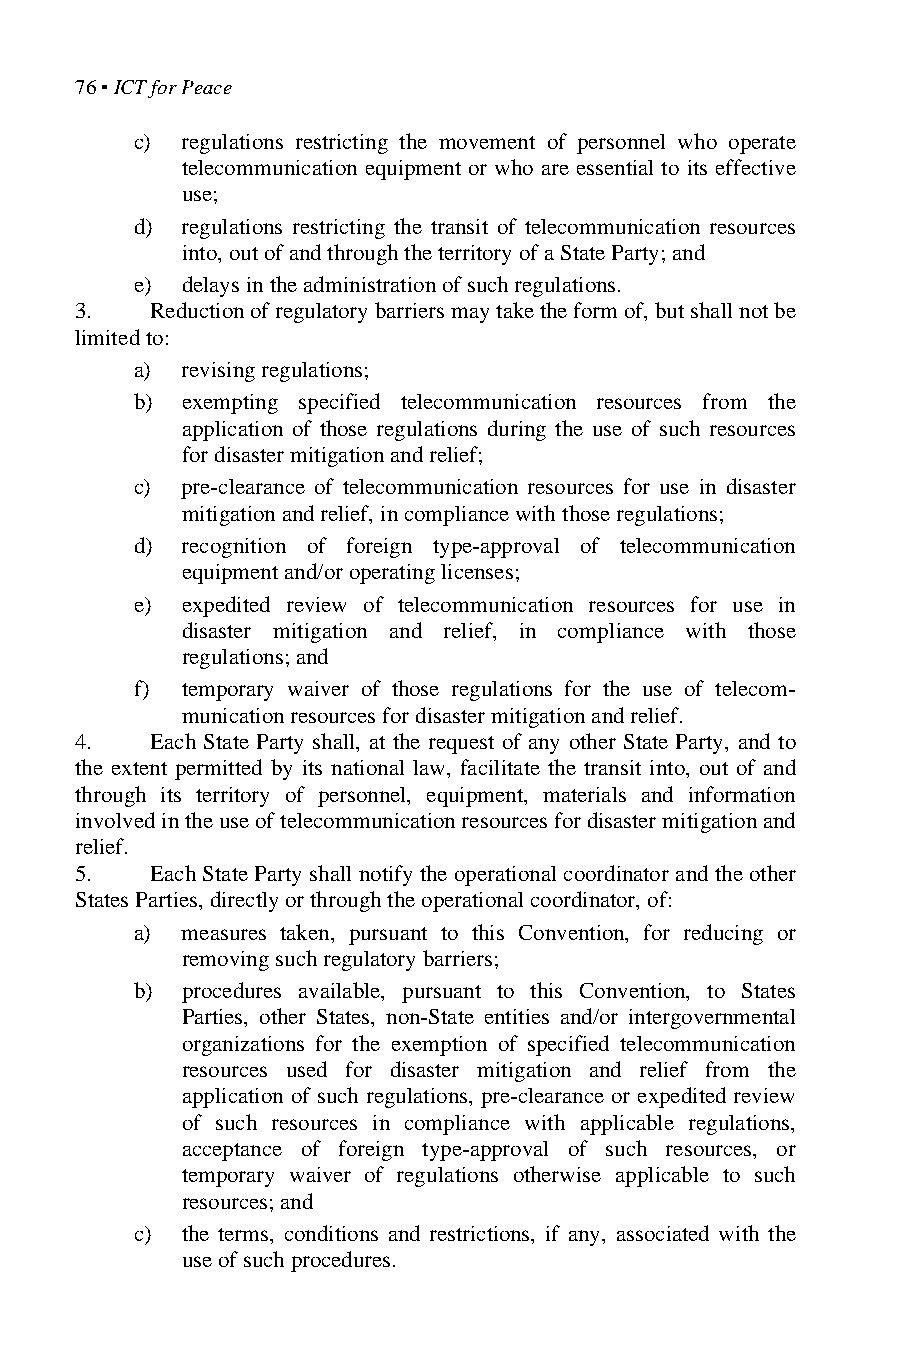
76 ▪ ICT for Peace
 c) regulations restricting the movement of personnel who operate
 telecommunication equipment or who are essential to its effective
 use;
 d) regulations restricting the transit of telecommunication resources
 into, out of and through the territory of a State Party; and
 e) delays in the administration of such regulations.
 3.   Reduction of regulatory barriers may take the form of, but shall not be
 limited to:
 a) revising regulations;
 b) exempting specified telecommunication resources from the
 application of those regulations during the use of such resources
 for disaster mitigation and relief;
 c) pre-clearance of telecommunication resources for use in disaster
 mitigation and relief, in compliance with those regulations;
 d) recognition of foreign type-approval of telecommunication
 equipment and/or operating licenses;
 e) expedited review of telecommunication resources for use in
 disaster mitigation and relief, in compliance with those
 regulations; and
 f) temporary waiver of those regulations for the use of telecom-
 munication resources for disaster mitigation and relief.
 4.   Each State Party shall, at the request of any other State Party, and to
 the extent permitted by its national law, facilitate the transit into, out of and
 through its territory of personnel, equipment, materials and information
 involved in the use of telecommunication resources for disaster mitigation and
 relief.
 5.   Each State Party shall notify the operational coordinator and the other
 States Parties, directly or through the operational coordinator, of:
 a) measures taken, pursuant to this Convention, for reducing or
 removing such regulatory barriers;
 b) procedures available, pursuant to this Convention, to States
 Parties, other States, non-State entities and/or intergovernmental
 organizations for the exemption of specified telecommunication
 resources used for disaster mitigation and relief from the
 application of such regulations, pre-clearance or expedited review
 of such resources in compliance with applicable regulations,
 acceptance of foreign type-approval of such resources, or
 temporary waiver of regulations otherwise applicable to such
 resources; and
 c) the terms, conditions and restrictions, if any, associated with the
 use of such procedures.